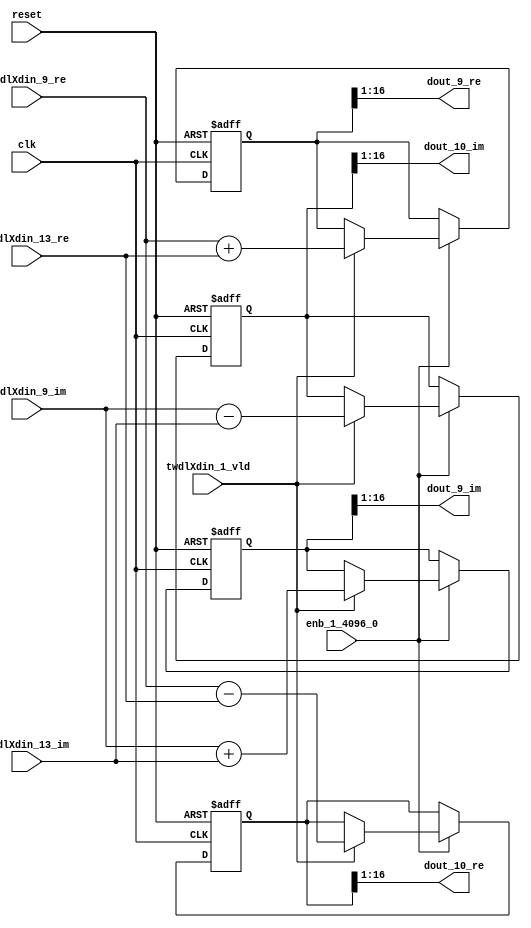
// -------------------------------------------------------------
// 
// 
// Generated by MATLAB 9.14 and HDL Coder 4.1
// 
// -------------------------------------------------------------


// -------------------------------------------------------------
// 
// Module: RADIX22FFT_SDNF1_5_block3
// Source Path: dsphdl.IFFT/RADIX22FFT_SDNF1_5
// Hierarchy Level: 4
// 
// -------------------------------------------------------------

`timescale 1 ns / 1 ns

module RADIX22FFT_SDNF1_5_block3
          (clk,
           reset,
           enb_1_4096_0,
           twdlXdin_9_re,
           twdlXdin_9_im,
           twdlXdin_13_re,
           twdlXdin_13_im,
           twdlXdin_1_vld,
           dout_9_re,
           dout_9_im,
           dout_10_re,
           dout_10_im);


  input   clk;
  input   reset;
  input   enb_1_4096_0;
  input   signed [15:0] twdlXdin_9_re;  // sfix16_En14
  input   signed [15:0] twdlXdin_9_im;  // sfix16_En14
  input   signed [15:0] twdlXdin_13_re;  // sfix16_En14
  input   signed [15:0] twdlXdin_13_im;  // sfix16_En14
  input   twdlXdin_1_vld;
  output  signed [15:0] dout_9_re;  // sfix16_En14
  output  signed [15:0] dout_9_im;  // sfix16_En14
  output  signed [15:0] dout_10_re;  // sfix16_En14
  output  signed [15:0] dout_10_im;  // sfix16_En14


  reg signed [16:0] Radix22ButterflyG1_NF_btf1_re_reg;  // sfix17
  reg signed [16:0] Radix22ButterflyG1_NF_btf1_im_reg;  // sfix17
  reg signed [16:0] Radix22ButterflyG1_NF_btf2_re_reg;  // sfix17
  reg signed [16:0] Radix22ButterflyG1_NF_btf2_im_reg;  // sfix17
  reg  Radix22ButterflyG1_NF_dinXtwdl_vld_dly1;
  reg signed [16:0] Radix22ButterflyG1_NF_btf1_re_reg_next;  // sfix17_En14
  reg signed [16:0] Radix22ButterflyG1_NF_btf1_im_reg_next;  // sfix17_En14
  reg signed [16:0] Radix22ButterflyG1_NF_btf2_re_reg_next;  // sfix17_En14
  reg signed [16:0] Radix22ButterflyG1_NF_btf2_im_reg_next;  // sfix17_En14
  reg  Radix22ButterflyG1_NF_dinXtwdl_vld_dly1_next;
  reg signed [15:0] dout_9_re_1;  // sfix16_En14
  reg signed [15:0] dout_9_im_1;  // sfix16_En14
  reg signed [15:0] dout_10_re_1;  // sfix16_En14
  reg signed [15:0] dout_10_im_1;  // sfix16_En14
  reg  dout_9_vld;
  reg signed [16:0] Radix22ButterflyG1_NF_add_cast;  // sfix17_En14
  reg signed [16:0] Radix22ButterflyG1_NF_add_cast_0;  // sfix17_En14
  reg signed [16:0] Radix22ButterflyG1_NF_sra_temp;  // sfix17_En14
  reg signed [16:0] Radix22ButterflyG1_NF_sub_cast;  // sfix17_En14
  reg signed [16:0] Radix22ButterflyG1_NF_sub_cast_0;  // sfix17_En14
  reg signed [16:0] Radix22ButterflyG1_NF_sra_temp_0;  // sfix17_En14
  reg signed [16:0] Radix22ButterflyG1_NF_add_cast_1;  // sfix17_En14
  reg signed [16:0] Radix22ButterflyG1_NF_add_cast_2;  // sfix17_En14
  reg signed [16:0] Radix22ButterflyG1_NF_sra_temp_1;  // sfix17_En14
  reg signed [16:0] Radix22ButterflyG1_NF_sub_cast_1;  // sfix17_En14
  reg signed [16:0] Radix22ButterflyG1_NF_sub_cast_2;  // sfix17_En14
  reg signed [16:0] Radix22ButterflyG1_NF_sra_temp_2;  // sfix17_En14


  // Radix22ButterflyG1_NF
  always @(posedge clk or posedge reset)
    begin : Radix22ButterflyG1_NF_process
      if (reset == 1'b1) begin
        Radix22ButterflyG1_NF_btf1_re_reg <= 17'sb00000000000000000;
        Radix22ButterflyG1_NF_btf1_im_reg <= 17'sb00000000000000000;
        Radix22ButterflyG1_NF_btf2_re_reg <= 17'sb00000000000000000;
        Radix22ButterflyG1_NF_btf2_im_reg <= 17'sb00000000000000000;
        Radix22ButterflyG1_NF_dinXtwdl_vld_dly1 <= 1'b0;
      end
      else begin
        if (enb_1_4096_0) begin
          Radix22ButterflyG1_NF_btf1_re_reg <= Radix22ButterflyG1_NF_btf1_re_reg_next;
          Radix22ButterflyG1_NF_btf1_im_reg <= Radix22ButterflyG1_NF_btf1_im_reg_next;
          Radix22ButterflyG1_NF_btf2_re_reg <= Radix22ButterflyG1_NF_btf2_re_reg_next;
          Radix22ButterflyG1_NF_btf2_im_reg <= Radix22ButterflyG1_NF_btf2_im_reg_next;
          Radix22ButterflyG1_NF_dinXtwdl_vld_dly1 <= Radix22ButterflyG1_NF_dinXtwdl_vld_dly1_next;
        end
      end
    end

  always @(Radix22ButterflyG1_NF_btf1_im_reg, Radix22ButterflyG1_NF_btf1_re_reg,
       Radix22ButterflyG1_NF_btf2_im_reg, Radix22ButterflyG1_NF_btf2_re_reg,
       Radix22ButterflyG1_NF_dinXtwdl_vld_dly1, twdlXdin_13_im, twdlXdin_13_re,
       twdlXdin_1_vld, twdlXdin_9_im, twdlXdin_9_re) begin
    Radix22ButterflyG1_NF_add_cast = 17'sb00000000000000000;
    Radix22ButterflyG1_NF_add_cast_0 = 17'sb00000000000000000;
    Radix22ButterflyG1_NF_sub_cast = 17'sb00000000000000000;
    Radix22ButterflyG1_NF_sub_cast_0 = 17'sb00000000000000000;
    Radix22ButterflyG1_NF_add_cast_1 = 17'sb00000000000000000;
    Radix22ButterflyG1_NF_add_cast_2 = 17'sb00000000000000000;
    Radix22ButterflyG1_NF_sub_cast_1 = 17'sb00000000000000000;
    Radix22ButterflyG1_NF_sub_cast_2 = 17'sb00000000000000000;
    Radix22ButterflyG1_NF_btf1_re_reg_next = Radix22ButterflyG1_NF_btf1_re_reg;
    Radix22ButterflyG1_NF_btf1_im_reg_next = Radix22ButterflyG1_NF_btf1_im_reg;
    Radix22ButterflyG1_NF_btf2_re_reg_next = Radix22ButterflyG1_NF_btf2_re_reg;
    Radix22ButterflyG1_NF_btf2_im_reg_next = Radix22ButterflyG1_NF_btf2_im_reg;
    Radix22ButterflyG1_NF_dinXtwdl_vld_dly1_next = twdlXdin_1_vld;
    if (twdlXdin_1_vld) begin
      Radix22ButterflyG1_NF_add_cast = {twdlXdin_9_re[15], twdlXdin_9_re};
      Radix22ButterflyG1_NF_add_cast_0 = {twdlXdin_13_re[15], twdlXdin_13_re};
      Radix22ButterflyG1_NF_btf1_re_reg_next = Radix22ButterflyG1_NF_add_cast + Radix22ButterflyG1_NF_add_cast_0;
      Radix22ButterflyG1_NF_sub_cast = {twdlXdin_9_re[15], twdlXdin_9_re};
      Radix22ButterflyG1_NF_sub_cast_0 = {twdlXdin_13_re[15], twdlXdin_13_re};
      Radix22ButterflyG1_NF_btf2_re_reg_next = Radix22ButterflyG1_NF_sub_cast - Radix22ButterflyG1_NF_sub_cast_0;
      Radix22ButterflyG1_NF_add_cast_1 = {twdlXdin_9_im[15], twdlXdin_9_im};
      Radix22ButterflyG1_NF_add_cast_2 = {twdlXdin_13_im[15], twdlXdin_13_im};
      Radix22ButterflyG1_NF_btf1_im_reg_next = Radix22ButterflyG1_NF_add_cast_1 + Radix22ButterflyG1_NF_add_cast_2;
      Radix22ButterflyG1_NF_sub_cast_1 = {twdlXdin_9_im[15], twdlXdin_9_im};
      Radix22ButterflyG1_NF_sub_cast_2 = {twdlXdin_13_im[15], twdlXdin_13_im};
      Radix22ButterflyG1_NF_btf2_im_reg_next = Radix22ButterflyG1_NF_sub_cast_1 - Radix22ButterflyG1_NF_sub_cast_2;
    end
    Radix22ButterflyG1_NF_sra_temp = Radix22ButterflyG1_NF_btf1_re_reg >>> 8'd1;
    dout_9_re_1 = Radix22ButterflyG1_NF_sra_temp[15:0];
    Radix22ButterflyG1_NF_sra_temp_0 = Radix22ButterflyG1_NF_btf1_im_reg >>> 8'd1;
    dout_9_im_1 = Radix22ButterflyG1_NF_sra_temp_0[15:0];
    Radix22ButterflyG1_NF_sra_temp_1 = Radix22ButterflyG1_NF_btf2_re_reg >>> 8'd1;
    dout_10_re_1 = Radix22ButterflyG1_NF_sra_temp_1[15:0];
    Radix22ButterflyG1_NF_sra_temp_2 = Radix22ButterflyG1_NF_btf2_im_reg >>> 8'd1;
    dout_10_im_1 = Radix22ButterflyG1_NF_sra_temp_2[15:0];
    dout_9_vld = Radix22ButterflyG1_NF_dinXtwdl_vld_dly1;
  end



  assign dout_9_re = dout_9_re_1;

  assign dout_9_im = dout_9_im_1;

  assign dout_10_re = dout_10_re_1;

  assign dout_10_im = dout_10_im_1;

endmodule  // RADIX22FFT_SDNF1_5_block3